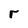
Character: r